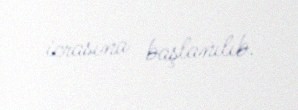
icrasına başlanılıb.